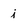
Character: j